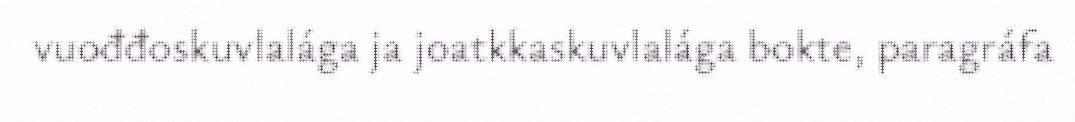
vuođđoskuvlalága ja joatkkaskuvlalága bokte, paragráfa